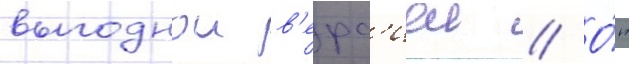
выгоднои в'ерс'иеи // О́н